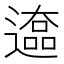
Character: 𰻒